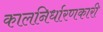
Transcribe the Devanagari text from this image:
कालनिर्धारणकारी